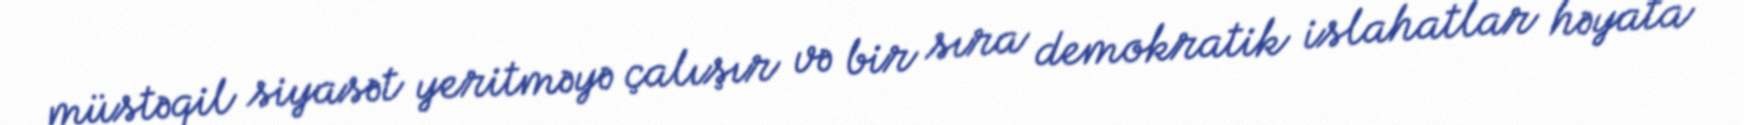
müstəqil siyasət yeritməyə çalışır və bir sıra demokratik islahatlar həyata